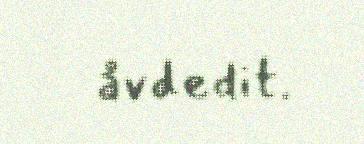
åvdedit.